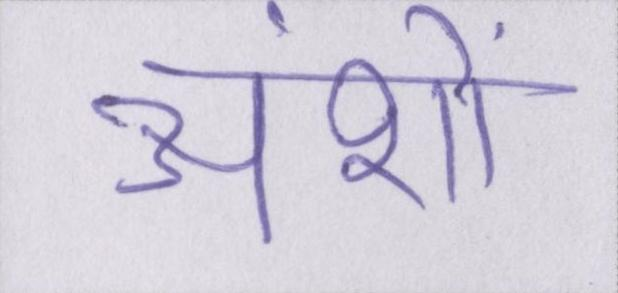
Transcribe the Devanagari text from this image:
अंशों